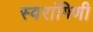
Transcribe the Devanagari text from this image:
स्वरांगिणी